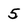
Character: 5